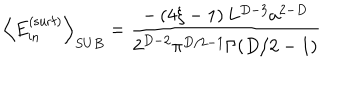
\left\langle E _ { \mathrm { i n } } ^ { \mathrm { ( s u r f ) } } \right\rangle _ { S U B } = \frac { - \left( 4 \xi - 1 \right) L ^ { D - 3 } a ^ { 2 - D } } { 2 ^ { D - 2 } \pi ^ { D / 2 - 1 } \Gamma ( D / 2 - 1 ) }